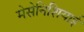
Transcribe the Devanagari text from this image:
मेसेनिशियाई